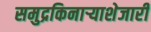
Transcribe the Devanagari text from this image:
समुद्रकिनार्‍याशेजारी